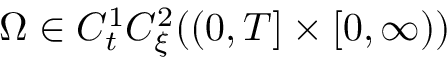
\Omega \in C _ { t } ^ { 1 } C _ { \xi } ^ { 2 } ( ( 0 , T ] \times [ 0 , \infty ) )